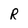
Character: R